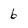
Character: 6